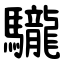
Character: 䮾